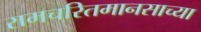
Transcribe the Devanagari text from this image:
रामचरितमानसाच्या